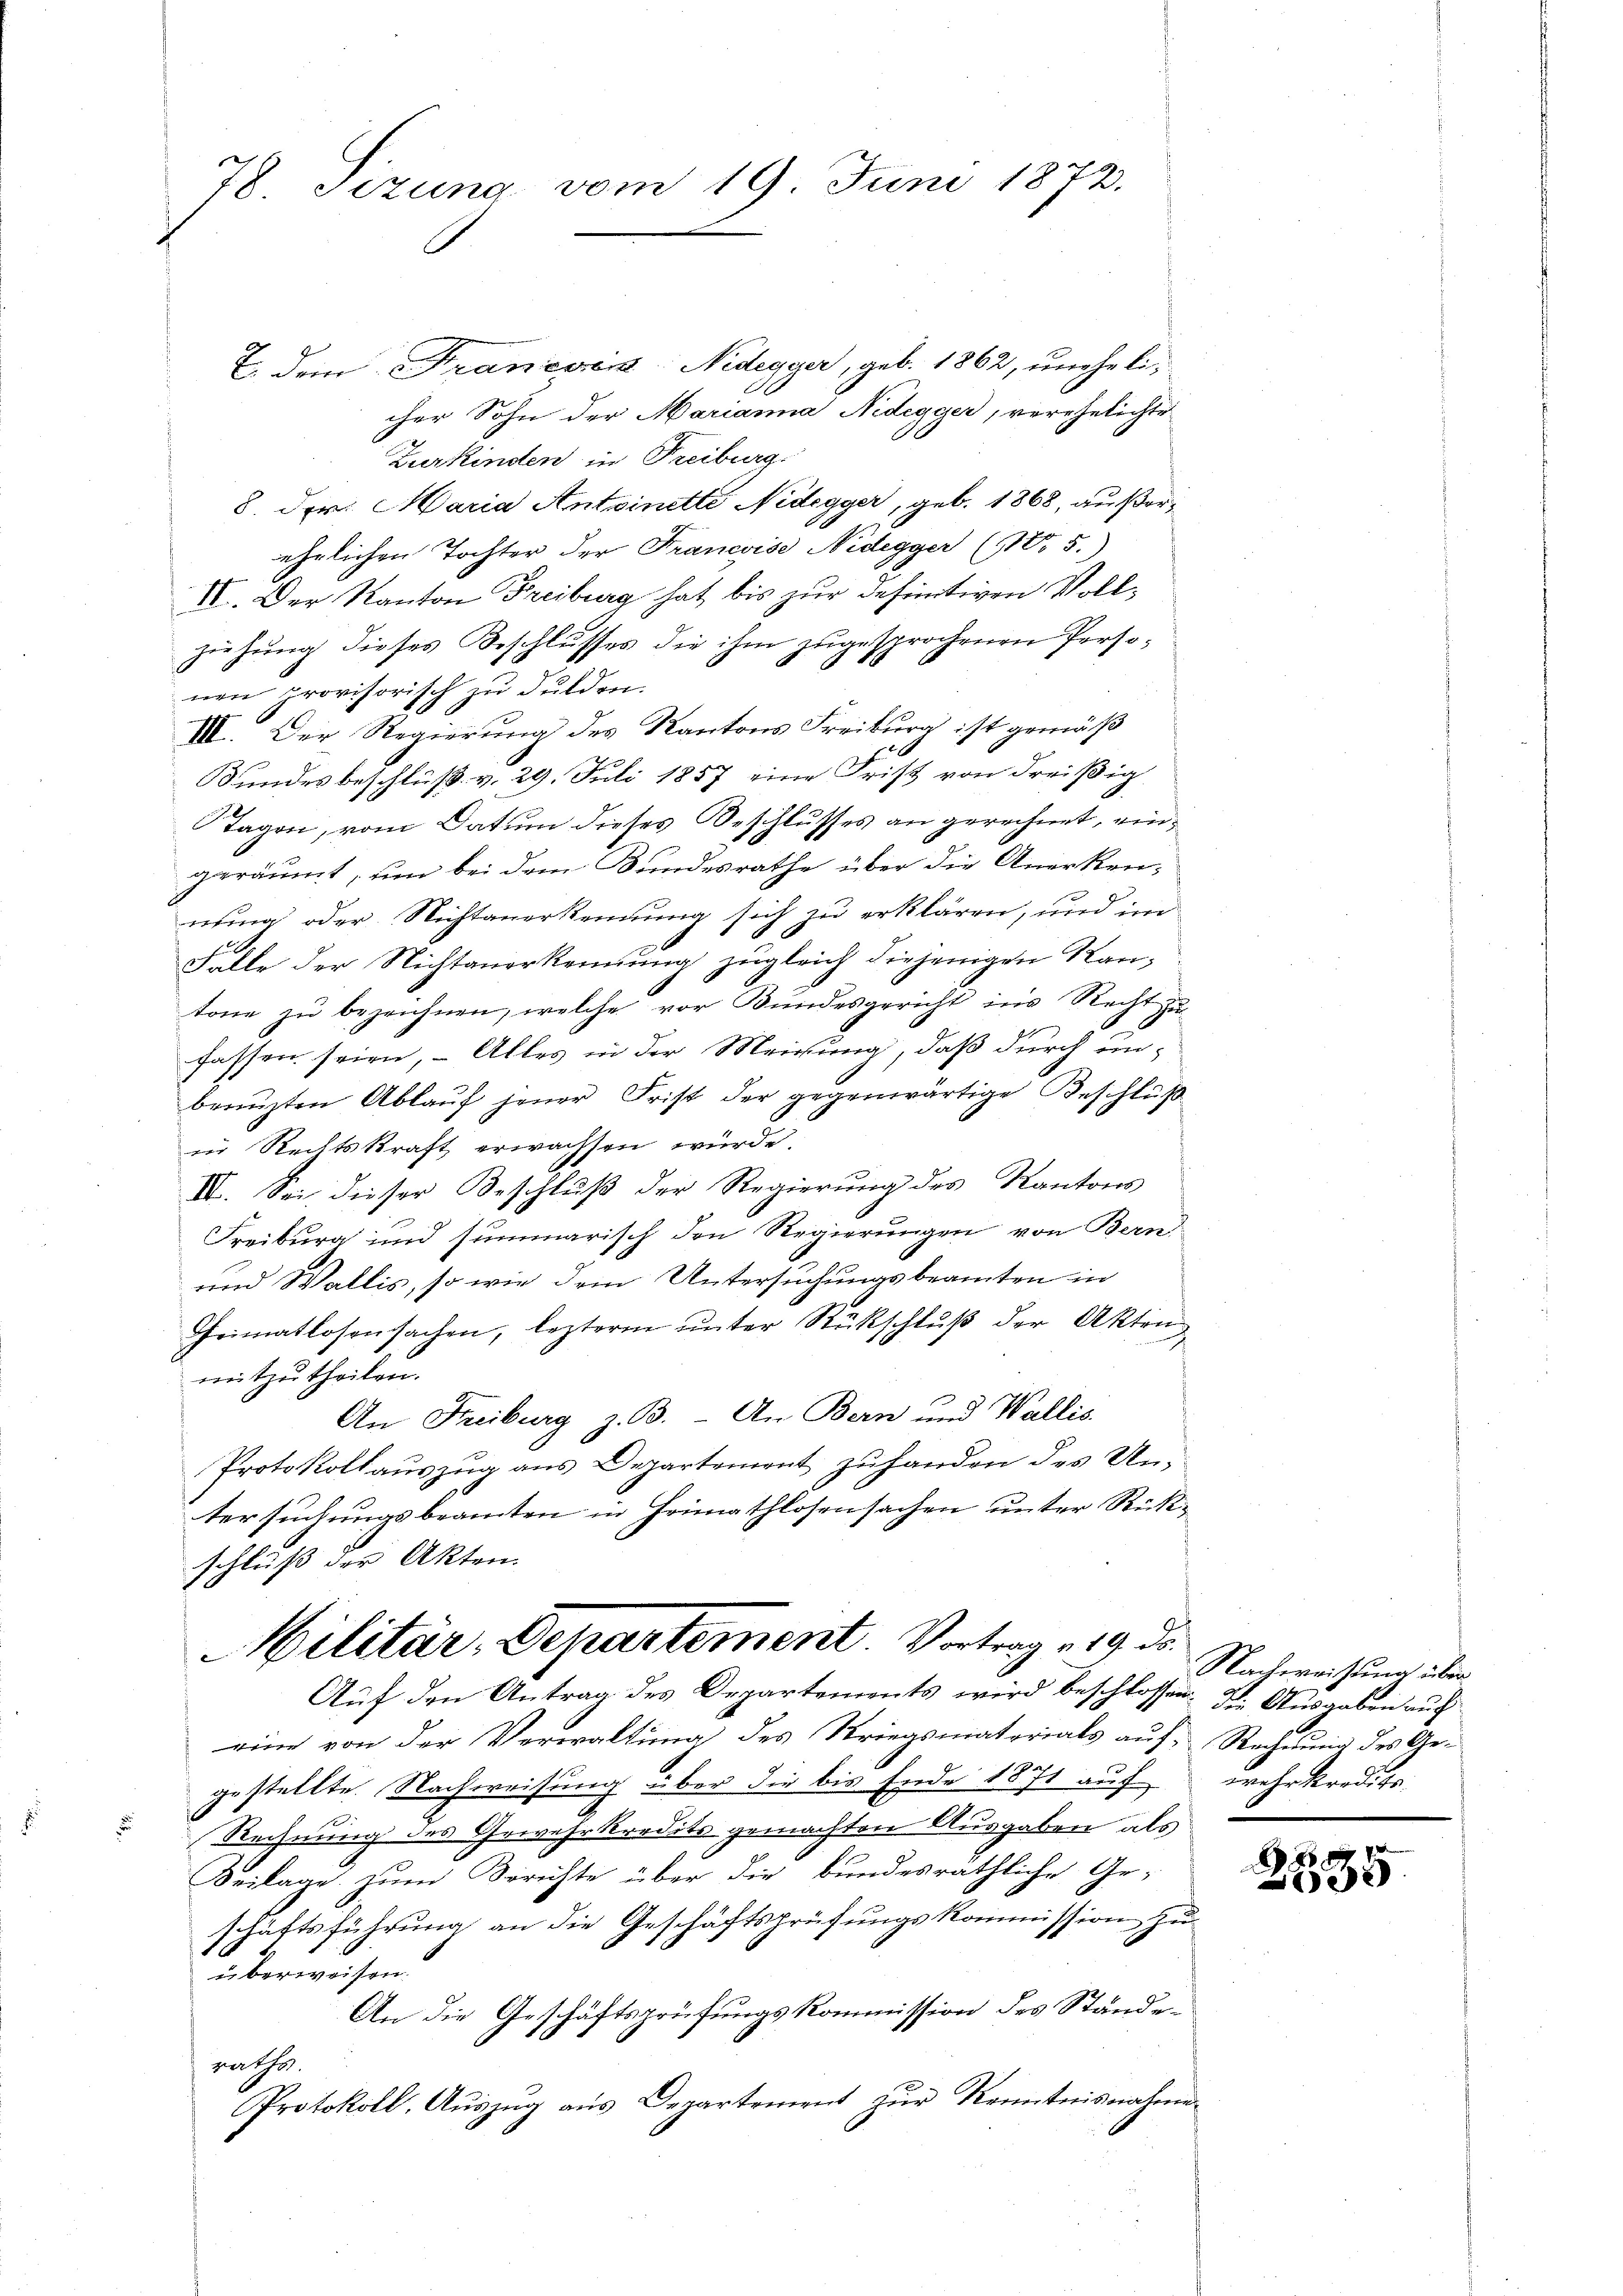
78 Tizung vom 19. Juni 1872.

T. dem Francsin Nidegger, geb. 1862, uneheli-
cher Sohn der Marianna Nidegger, verehelichte
Zurkinden in Freiburg.
8. Der. Maria Antoinette Nidegger, geb. 1868, außerehrlichen Tochter der Francoise Nidegger (15.)
IV. Der Kanton Freiburg hat bis zur definitiven Vollziehung dieses Beschlusses die ihm zugesprochenen Perso¬
1
E
nen provisorisch zu dulden.
III. Der Regierung des Kantons Freiburg ist gemäß
Bundes beschluß v. 29. Juli 1857 eine Frist von dreißig
Tagen, vom Datum dieses Beschlusses an gerechnet, eingeräumt, um bei dem Bundesrathe über die Anerkennung oder Nichtanerkennung sich zu erklären, und im
Falle der Nichtanerkennung zugleich diejenigen Kantone zu bezeichnen, welche vor Bundesgericht ins Recht zu
fassen seien, – Alles in der Meichung, daß durch unbenuzten Ablauf jener Frist der gegenwärtige Beschluß
in Rechtskraft erwachsen würde.
IV. Sei dieser Beschluß der Regierung des Kantons
Freiburg und summarisch den Regierungen von Bern
und Wallis, so wie dem Untersuchungsbeamten in
Heimatlosensachen, lezterm unter Rückschluß der Akten
mitzutheilen.
An Freiburg z. B. An Bern und Wallis.
Protokollauszug aus Departement zu handen des Un-
tersuchungsbeamten in Heimathlosensachen unter Rückschluß der Akten.

Militär, Departement. Vortrag 19. ds.
Auf den Antrag des Departements wird beschlossen. F. Ausgaben auf

eine von der Verwaltung des Kriegsmatorials auf Rechnung des Gegestellte Nachweisung über die bis Ende 1871 auf wehrkredits
z
Rechnung des Gewehrkredits gemachten Ausgaben als
Seilage zum Berichte über die bundesräthliche Ge-
schäftsführung an die Geschäftsprüfungskommission zu
überweisen.
An die Geschäftsprüfungskommission des Ständegatha
Protokoll, Auszug aus Departement zur Kenntnisnahmen

Nachweisung über

x
e